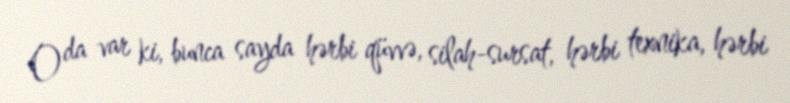
O da var ki, bunca sayda hərbi qüvvə, silah-sursat, hərbi texnika, hərbi